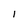
Character: I